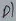
Text: P1